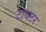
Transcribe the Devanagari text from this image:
टायटर